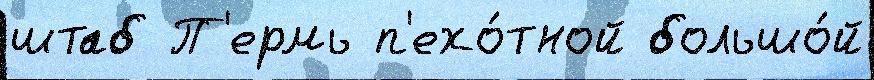
штаб П'ермь п'ехо́тной большо́й